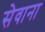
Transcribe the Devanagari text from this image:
सेवाना